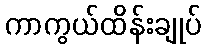
ကာကွယ်ထိန်းချုပ်